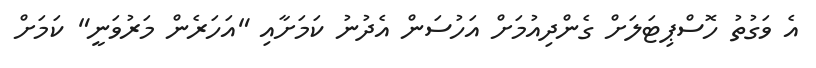
އެ ވަގުތު ހޮސްޕިޓަލަށް ގެންދިއުމަށް އަހުސަން އެދުނު ކަމަށާއި "އަހަރެން މަރުވަނީ" ކަމަށް